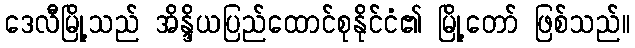
ဒေလီမြို့သည် အိန္ဒိယပြည်ထောင်စုနိုင်ငံ၏ မြို့တော် ဖြစ်သည်။